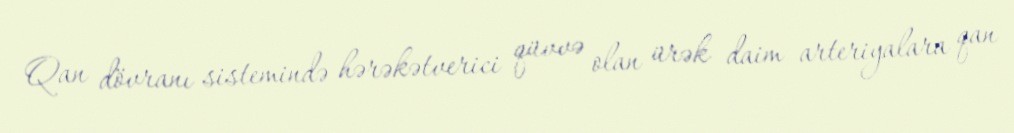
Qan dövranı sistemində hərəkətverici qüvvə olan ürək daim arteriyalara qan